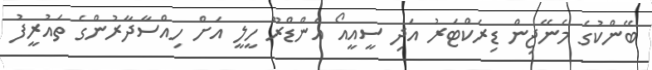
ބޭންކުގެ މެނޭޖިން ޑިރެކްޓަރު އަދި ސީއީއޯ އެންޑްރޫ ހީލީ އަށް ހިއްސާދާރުންގެ ތައުރީފު